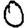
Digit: 0